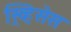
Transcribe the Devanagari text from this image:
स्र्व्हिसेस